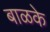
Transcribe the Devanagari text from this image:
बाळके